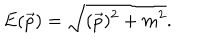
E ( \vec { p } ) = \sqrt { ( \vec { p } ) ^ { 2 } + m ^ { 2 } } .